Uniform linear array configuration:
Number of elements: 4
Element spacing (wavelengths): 0.25
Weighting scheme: uniform
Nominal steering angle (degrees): -60
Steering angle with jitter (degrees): -60.708
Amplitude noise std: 0.05
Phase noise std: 0.05

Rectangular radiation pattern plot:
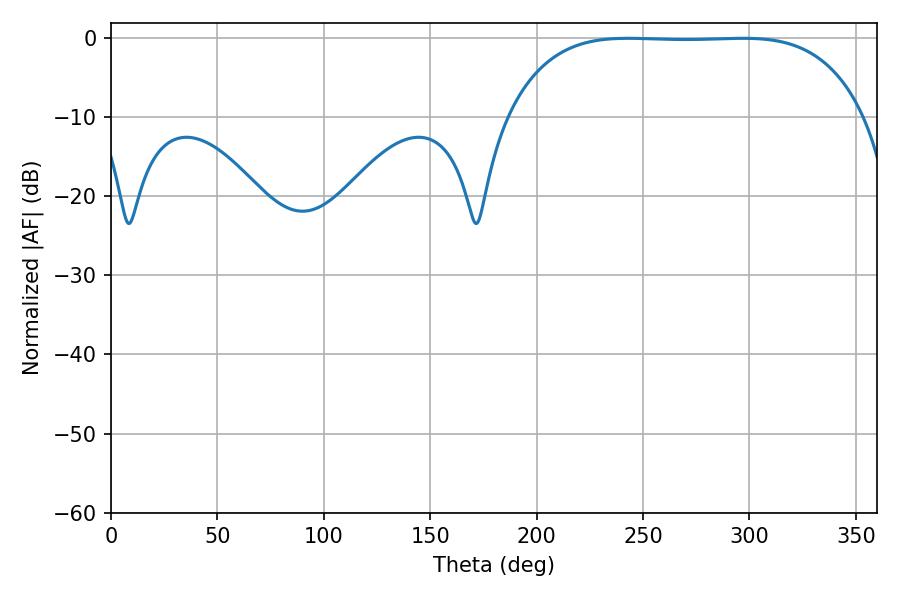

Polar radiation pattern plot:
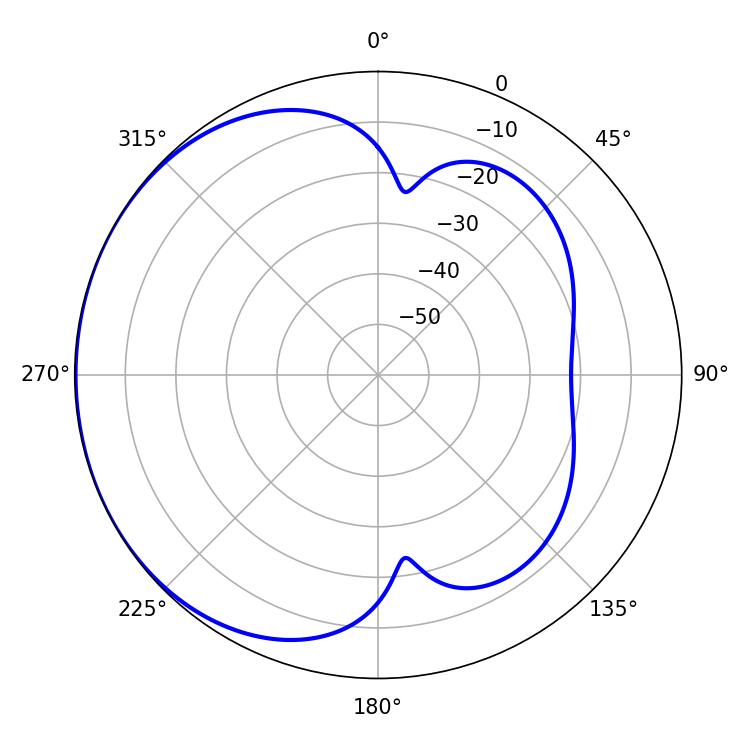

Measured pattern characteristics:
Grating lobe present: FALSE
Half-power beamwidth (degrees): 129.6
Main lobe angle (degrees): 243